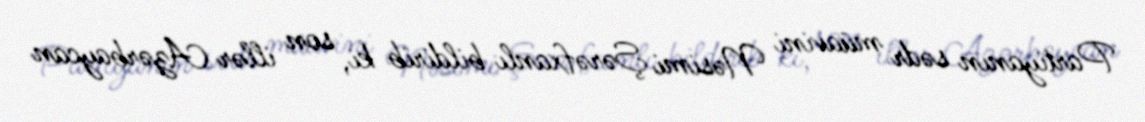
Partiyanın sədr müavini Nəsimi Şərəfxanlı bildirib ki, son illər Azərbaycan